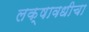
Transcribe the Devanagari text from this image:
लक्षावधीचा